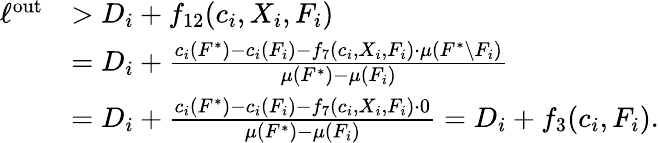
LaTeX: \begin{array}{rl}{\ell^{\mathrm{out}}}&{>D_{i}+f_{12}(c_{i},X_{i},F_{i})}\\ {}&{=D_{i}+\frac{c_{i}(F^{*})-c_{i}(F_{i})-f_{7}(c_{i},X_{i},F_{i})\cdot\mu\left(F^{*}\setminus F_{i}\right)}{\mu(F^{*})-\mu(F_{i})}}\\ {}&{=D_{i}+\frac{c_{i}(F^{*})-c_{i}(F_{i})-f_{7}(c_{i},X_{i},F_{i})\cdot 0}{\mu(F^{*})-\mu(F_{i})}=D_{i}+f_{3}(c_{i},F_{i}).}\end{array}